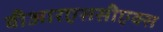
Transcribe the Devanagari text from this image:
वीआरएससीएक्स